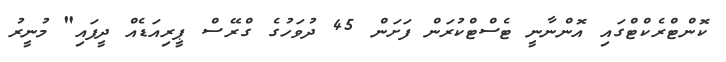
ކޮންޓްރެކްޓްގައި އޮންނާނީ ޓެސްޓްކުރަން ފަށަން 45 ދުވަހުގެ ގްރޭސް ޕީރިއަޑެއް ދީފައި" މުނީރު